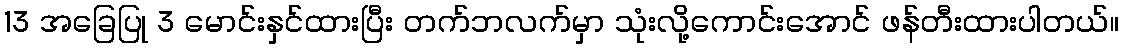
13 အခြေပြု 3 မောင်းနှင်ထားပြီး တက်ဘလက်မှာ သုံးလို့ကောင်းအောင် ဖန်တီးထားပါတယ်။